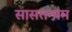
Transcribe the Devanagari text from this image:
सासतनाम